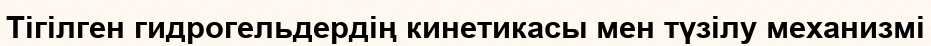
Тігілген гидрогельдердің кинетикасы мен түзілу механизмі